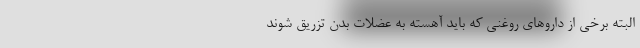
البته برخی از داروهای روغنی که باید آهسته به عضلات بدن تزریق شوند